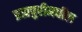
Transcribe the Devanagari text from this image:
ब्रह्मपुरीमधील